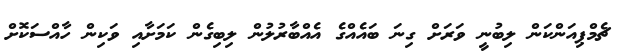
ޗެމްޕިއަންކަން ލިބުނީ ވަރަށް ގިނަ ބައެއްގެ އެއްބާރުލުން ލިބިގެން ކަމަށާއި ވަކިން ހާއްސަކޮށް